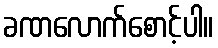
ခဏလောက်စောင့်ပါ။